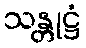
သန္တုဋ္ဌံ